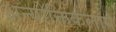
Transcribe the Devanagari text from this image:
अन्योक्तिकलाप